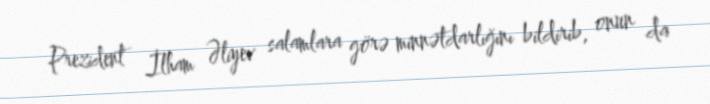
Prezident İlham Əliyev salamlara görə minnətdarlığını bildirib, onun da